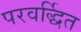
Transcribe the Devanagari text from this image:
परवर्द्धित